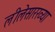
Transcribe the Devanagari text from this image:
लीलेसारख्या